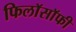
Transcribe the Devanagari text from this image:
फिलाॅसाॅफी